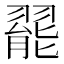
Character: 𬚆